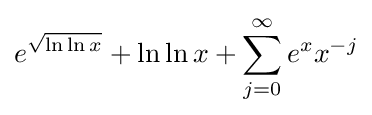
e^{\sqrt {\ln \ln x}}+\ln \ln x+\sum _{j=0}^{\infty }e^{x}x^{-j}